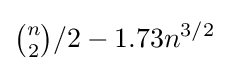
{\tbinom {n}{2}}/2-1.73n^{3/2}